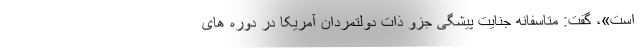
است»، گفت: متاسفانه جنایت پیشگی جزو ذات دولتمردان آمریکا در دوره های